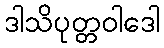
ဒါသိပုတ္တဝါဒေါ